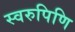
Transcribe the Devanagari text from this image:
स्वरुपिणि